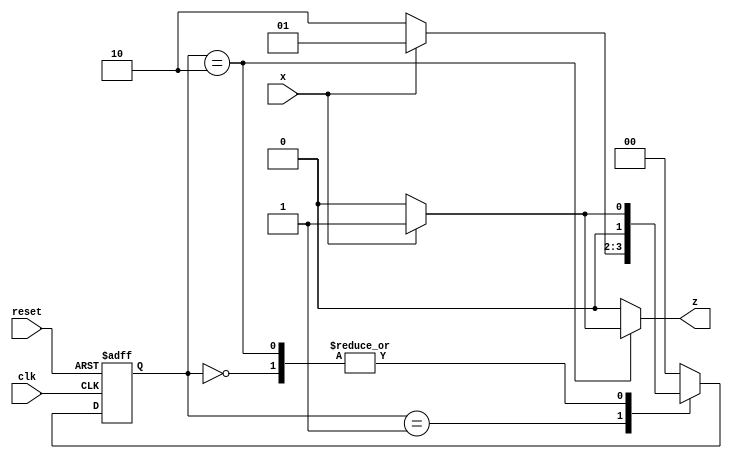

module seqdt(output reg z,
	input x, clk, reset);// Module declaration and Port declarations.

reg [1:0] cst, nst;

parameter S0 = 2'b00, S1 = 2'b01, S2 = 2'b10;

always @(*)
 begin
 case (cst)

   S0: if (x == 1'b1)// Checking for first '1' in the sequence '101'
          begin
         nst = S1;
          z=1'b0;
          end
      else
          begin
           nst = S0;// Stay in the same state if '0' id setected.
          z=1'b0;
          end

   S1: if (x == 1'b0)// Checking for '0'
          begin
        nst = S2;
          z=1'b0;
          end
       else
          begin
	nst = S1;
          z=1'b0;
          end

   S2: if (x == 1'b1)
          begin
         nst = S1;// '101' detected. Go to state S1 as it is a overlapping sequence.
          z=1'b1;// Output assigned to '1'.
          end    
            else
          begin
	nst = S0;// Go to the first state.
          z=1'b0;
          end

 default:
	begin
 	nst = S0;
	z = 1'b0;
	end
  endcase
end

always@(posedge clk,negedge reset)
begin
           if (!reset)
             cst <= S0;
           else
             cst <= nst;
end
endmodule